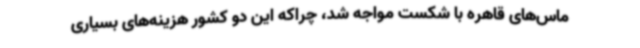
ماس‌های قاهره با شکست مواجه شد، چراکه این دو کشور هزینه‌های بسیاری